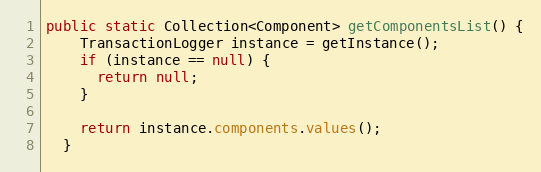
Language: Java
public static Collection<Component> getComponentsList() {
    TransactionLogger instance = getInstance();
    if (instance == null) {
      return null;
    }

    return instance.components.values();
  }